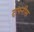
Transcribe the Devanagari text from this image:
दाफ्नीस